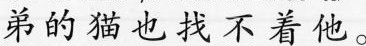
弟的猫也找不着他。